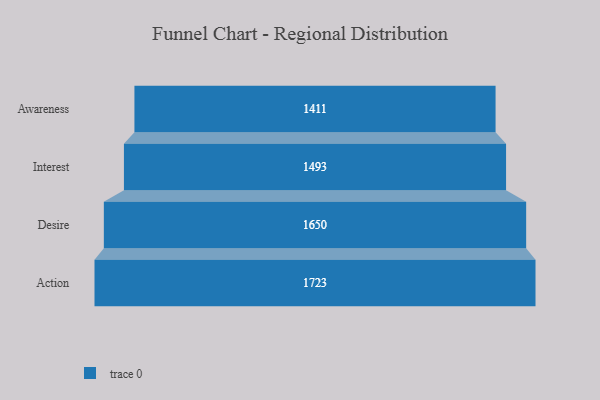
{"axis": {"x": "Stage", "y": "Value"}, "legend": [""], "data": [{"x": "Awareness", "y": 1411.0, "type": ""}, {"x": "Interest", "y": 1493.0, "type": ""}, {"x": "Desire", "y": 1650.0, "type": ""}, {"x": "Action", "y": 1723.0, "type": ""}]}